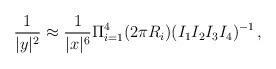
LaTeX: \begin{align*}\frac{1}{|y|^2}\approx \frac{1}{|x|^6}\Pi_{i=1}^4 (2\pi R_i)(I_1 I_2 I_3 I_4)^{-1}\, ,\end{align*}